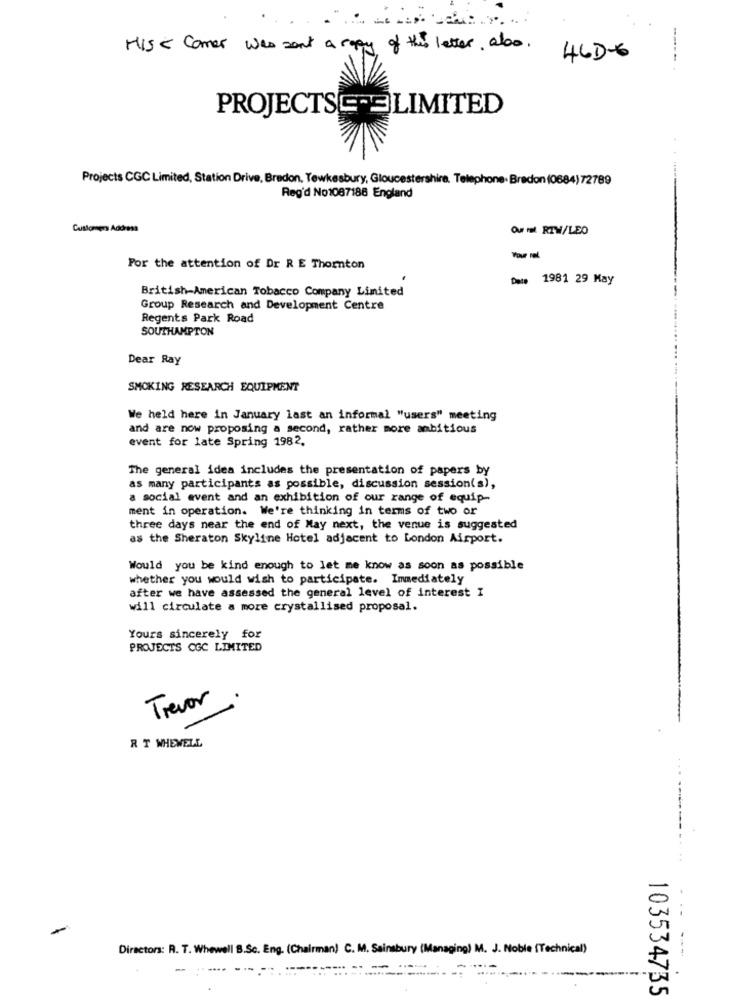
HIS < Comer was sent a copy of this letter also.
46DG
----.
PROJECTSE-3 LIMITED
Projects CGC Limited, Station Drive, Bredon, Tewkesbury, Gloucestershire, Telephone. Brødon (0684)72789
Reg'd No1087188 England
Customers Address
Ou ml RTW/LEO
Your ral
For the attention of Dr R E Thornton
** 1981 29 May
British American Tobacco Company Limited
Group Research and Development Centre
Regents Park Road
SOUTHAMPTON
Dear Ray
SMOKING RESEARCH EQUIPMENT
We held here in January last an informal "users" meeting
and are now proposing a second, rather more ambitious
event for late Spring 1982.
The general idea includes the presentation of papers by
as many participants as possible, discussion session(s),
a social event and an exhibition of our range of equip-
ment in operation. We're thinking in terms of two or
three days near the end of May next, the venue is suggested
as the Sheraton Skyline Hotel adjacent to London Airport.
Would you be kind enough to let me know as soon as possible
whether you would wish to participate. Immediately
after we have assessed the general level of interest I
will circulate a more crystallised proposal.
Yours sincerely for
PROJECTS CGC LIMITED
.
Trevor
R T WHEWELL
Directors: R. T. Whewell B.Sc. Eng. (Chairman) C. M. Sainsbury (Managing) M. J. Noble (Technical)
----
------
---
103534735